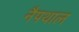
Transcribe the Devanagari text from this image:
नैपथाल